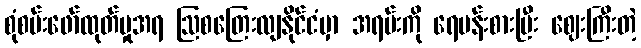
စုံစမ်းဖော်ထုတ်မှုအရ ဩစတြေးလျနိုင်ငံမှာ အရမ်းကို ရေပန်းစားပြီး ဈေးကြီးတဲ့